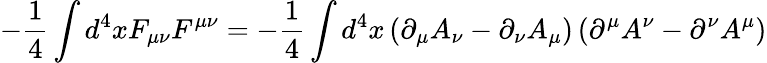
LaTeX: -{\frac{1}{4}}\int d^{4}xF_{\mu\nu}F^{\mu\nu}=-{\frac{1}{4}}\int d^{4}x\left(\partial_{\mu}A_{\nu}-\partial_{\nu}A_{\mu}\right)\left(\partial^{\mu}A^{\nu}-\partial^{\nu}A^{\mu}\right)